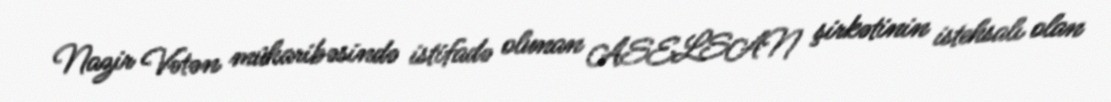
Nazir Vətən müharibəsində istifadə olunan ASELSAN şirkətinin istehsalı olan